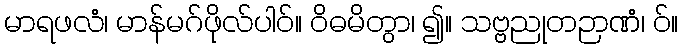
မာရဖလံ၊ မာန်မဂ်ဖိုလ်ပါဝ်။ ဝိဓမိတွာ၊ ၍။ သဗ္ဗညုတဉာဏံ၊ ဝ်။